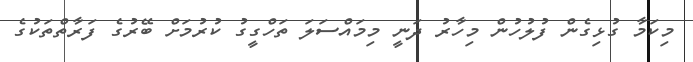
މިކަމާ ގުޅިގެން ފުލުހުން މިހާރު ދަނީ މިމައްސަލަ ތަހްގީގު ކުރުމަށް ބޭރުގެ ފަރާތްތަކުގެ